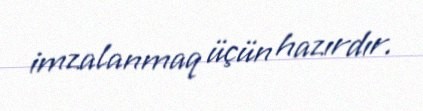
imzalanmaq üçün hazırdır.